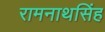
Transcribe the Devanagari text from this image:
रामनाथसिंह